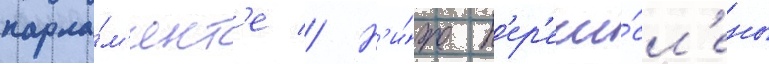
парла́м'ент'е // Н'и́же п'ер'ечи́сл'ены